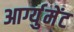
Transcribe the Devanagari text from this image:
आर्ग्युमेंट